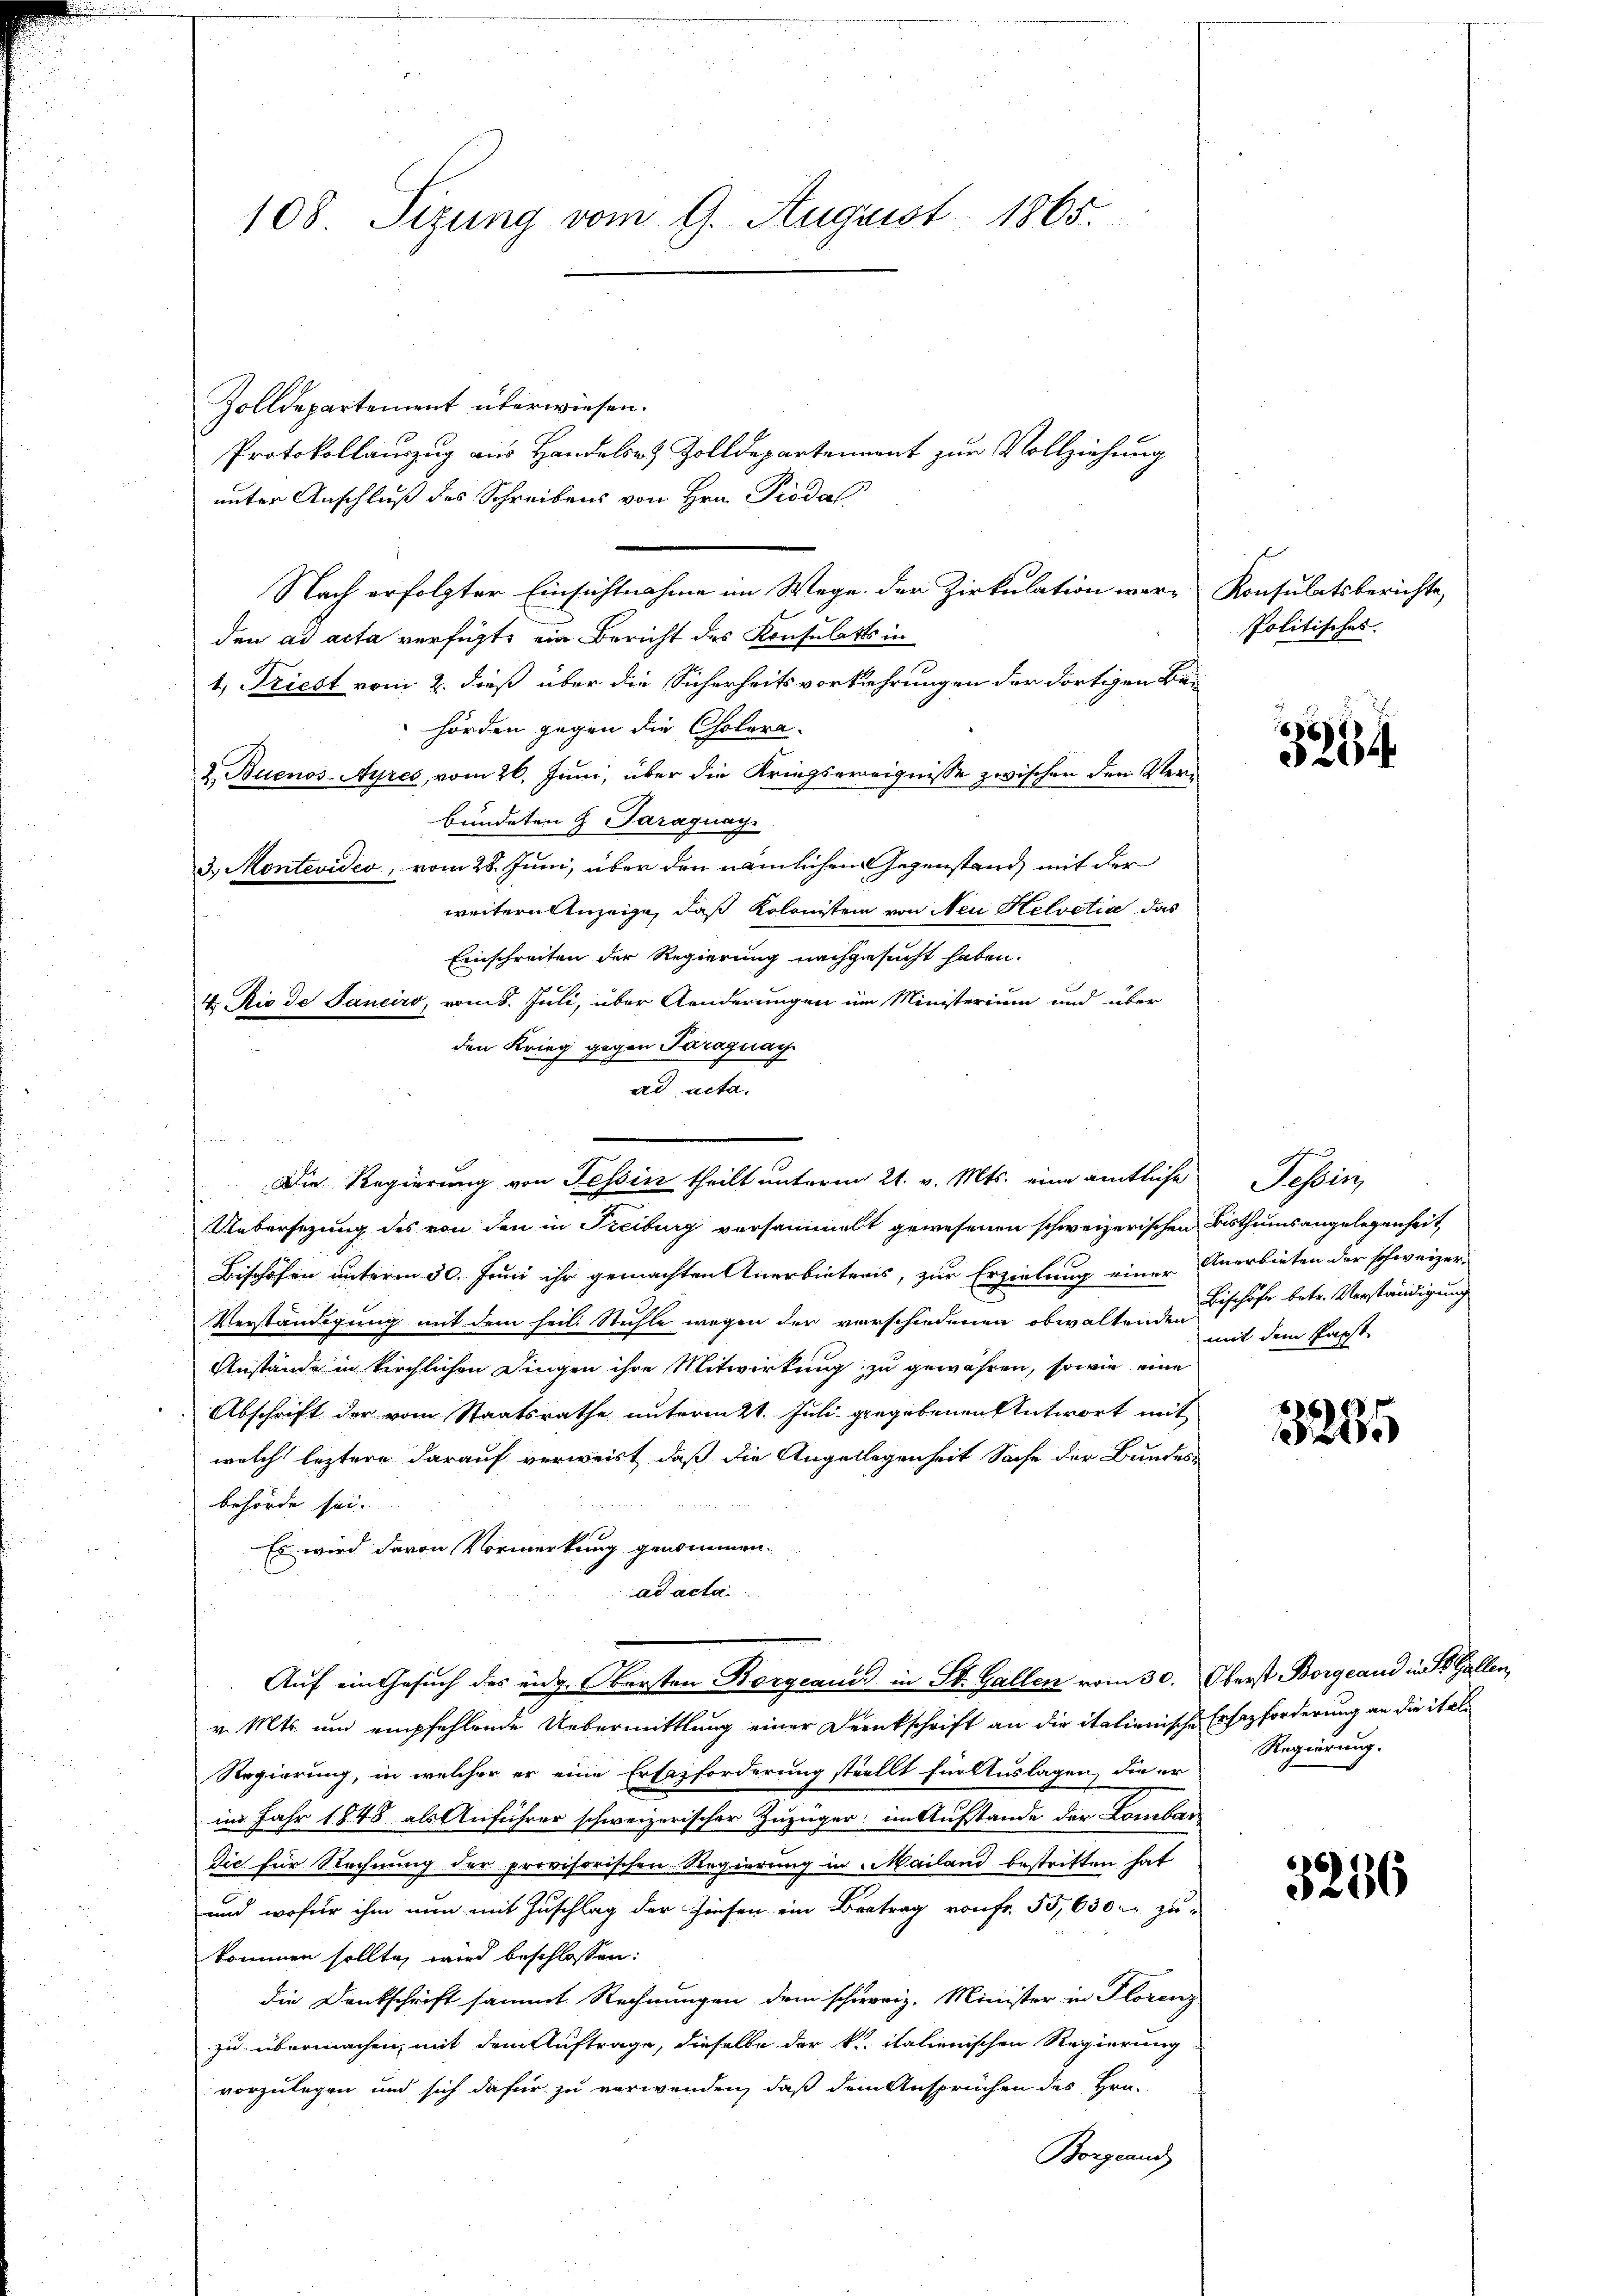
108. Sizung vom 9. August 1865.

Zolldepartement überwiesen.
Protokollauszug aus Handels- & Zolldepartement zur Vollziehung
unter Anschluß des Schreibens von Hrn. Piodal
Nach erfolgter Einsichtnahme im Wege der Zirkulation verden ad acta verfügt, ein Bericht des Konsulats in
1, Friest vom 2. dieß über die Sicherheitsvorkehrungen der dortigen Be-
hörden gegen die Cholera-
& Buenos-Ayres, vom 26. Juni, über die Kriegsereignisse zwischen den Verbündeten & Paraguay
3.) Montevidio, vom 28. Juni, über den nämlichen Gegenstand, mit der
weitern Anzeige, daß Kolonistein von Neu Helvetia das
Einschreiten der Regierung nachgesucht haben.
H. Rio de Sanciro, vom 8. Juli, über Aenderungen um Ministerium und über
den Krieg gegen Paraguay
ad acta.
und
Uebersezung des von den in Freiburg versammelt gewesenen schweizerischen Bisthumsangelegenheit,
Bischofen unterm 30. Juni ihr gemachten Anerbieteris, zur Erzielung einer
Verständigung mit dem heil. Stuhle wegen der verschiedenen obwaltenden Bischöfe betr. Verständigung
Anstände in kirchlichen Dingen ihre Mitwirkung zu gewähren, sowie eine
Abschrift der vom Staatsrathe unterm 21. Juli gegebenen Antwort mit
welch leztere darauf verweist, daß die Angellegenheit Sache der Bundes-
behörde sei.
Es wird davon Vormerkung genommen.
ad acta.
Auf ein Gesuch des eidg. Obersten Borgeaus in St. Gallen vom 30.
v. Mts. und empfehlende Uebermittlung einer Denkschrift an die italienische Ersatzforderung an die ital¬
Regierung, in welcher er eine Erfazforderung stellt für Auslagen, die er
im Jahr 1848 als Anführer schweizerischer Zuzüger: im Aufstande der Lombar
dic für Rechnung der provisorischen Regierung in Mailand bestritten hat
und wofür ihm nun mit Zuschlag der Zinsen ein Betrag von fr. 55,630. zu-
kommen sollte, wird beschlossen:
die Denkschrift sammt Rechnungen dem schweiz. Minister in Florenz
zu übermachen, mit dem Auftrage, dieselbe der kl. italienischen Regierung
vorzulegen und sich dafür zu verwenden, daß dem Ansprüchen des Hrn.
Borgeand

Die Regierung von Tessin theilt unterm 21. v. Mts. eine amtliche Tessin,

Konsulatsberichte,
Politisches.

6)
254

Anerbieten der schweizer.
mit dem Papst

1235

Oberst Borgland in St. Gallen,
Regierung.

3256